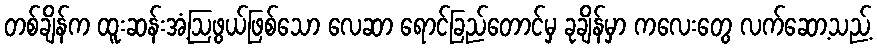
တစ်ချိန်က ထူးဆန်းအံ့ဩဖွယ်ဖြစ်သော လေဆာ ရောင်ခြည်တောင်မှ ခုချိန်မှာ ကလေးတွေ လက်ဆော့သည့်